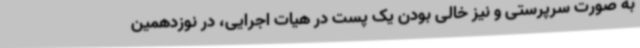
به صورت سرپرستی و نیز خالی بودن یک پست در هیات اجرایی، در نوزدهمین